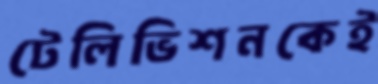
টেলিভিশনকেই